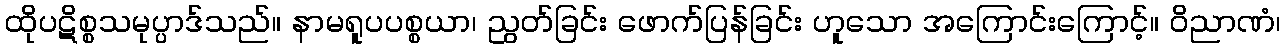
ထိုပဋိစ္စသမုပ္ပာဒ်သည်။ နာမရူပပစ္စယာ၊ ညွတ်ခြင်း ဖောက်ပြန်ခြင်း ဟူသော အကြောင်းကြောင့်။ ဝိညာဏံ၊